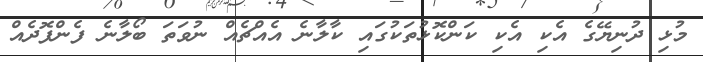
މުޅި ދުނިޔޭގެ އެކި އެކި ކަންކޮޅުތަކުގައި ކާލާނެ އެއްޗެއް ނުވަތަ ބޯލާނެ ފެންފޮދެއް